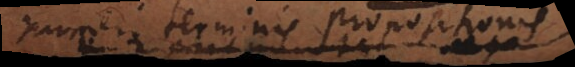
umeri terminis propositionis